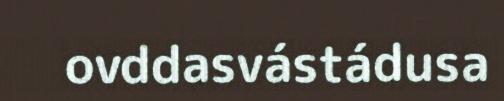
ovddasvástádusa